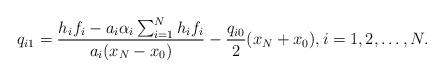
LaTeX: \begin{align*}q_{i1}= \frac{h_i f_i -a_i \alpha_i \sum_{i=1}^N h_i f_i}{a_i (x_N-x_0)}-\frac{q_{i0}}{2}(x_N+x_0), i=1,2,\dots, N.\end{align*}